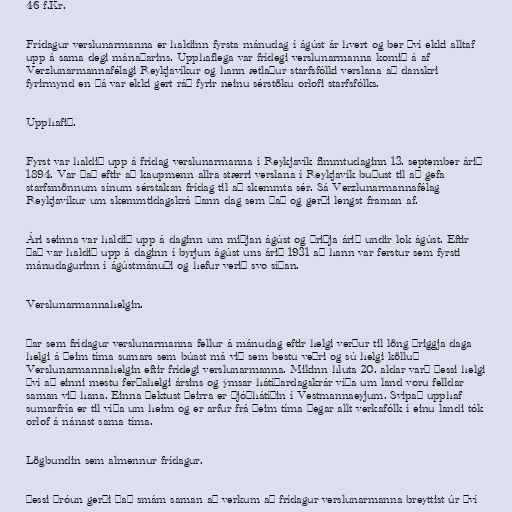
46 f.Kr.

Frídagur verslunarmanna er haldinn fyrsta mánudag í ágúst ár hvert og ber því ekki alltaf
upp á sama degi mánaðarins. Upphaflega var frídegi verslunarmanna komið á af
Verzlunarmannafélagi Reykjavíkur og hann ætlaður starfsfólki verslana að danskri
fyrirmynd en þá var ekki gert ráð fyrir neinu sérstöku orlofi starfsfólks.

Upphafið.

Fyrst var haldið upp á frídag verslunarmanna í Reykjavík fimmtudaginn 13. september árið
1894. Var það eftir að kaupmenn allra stærri verslana í Reykjavík buðust til að gefa
starfsmönnum sínum sérstakan frídag til að skemmta sér. Sá Verzlunarmannafélag
Reykjavíkur um skemmtidagskrá þann dag sem það og gerði lengst framan af.

Ári seinna var haldið upp á daginn um miðjan ágúst og þriðja árið undir lok ágúst. Eftir
það var haldið upp á daginn í byrjun ágúst uns árið 1931 að hann var ferstur sem fyrsti
mánudagurinn í ágústmánuði og hefur verið svo síðan.

Verslunarmannahelgin.

Þar sem frídagur verslunarmanna fellur á mánudag eftir helgi verður til löng þriggja daga
helgi á þeim tíma sumars sem búast má við sem bestu veðri og sú helgi kölluð
Verslunarmannahelgin eftir frídegi verslunarmanna. Mikinn hluta 20. aldar varð þessi helgi
því að einni mestu ferðahelgi ársins og ýmsar hátíðardagskrár víða um land voru felldar
saman við hana. Einna þektust þeirra er þjóðhátíðin í Vestmannaeyjum. Svipað upphaf
sumarfría er til víða um heim og er arfur frá þeim tíma þegar allt verkafólk í einu landi tók
orlof á nánast sama tíma.

Lögbundin sem almennur frídagur.

Þessi þróun gerði það smám saman að verkum að frídagur verslunarmanna breyttist úr því